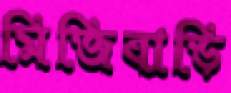
মিজিবাড়ি